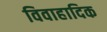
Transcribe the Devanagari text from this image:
विवाहादिक